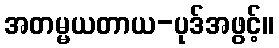
အတမ္မယတာယ-ပုဒ်အဖွင့်။